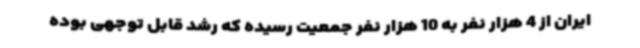
ایران از 4 هزار نفر به 10 هزار نفر جمعیت رسیده که رشد قابل توجهی بوده